Vital statistics of India. Vol. V, Reports of 1876 on armies & jails and on epidemic cholera
Year: 1876
Disease focus: Cholera
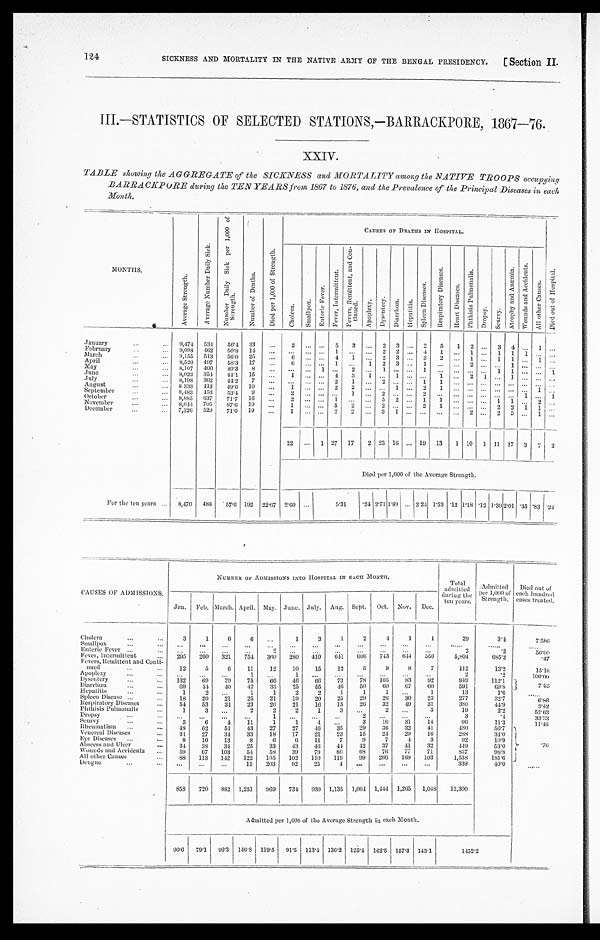
124
SICKNESS AND MORTALITY IN THE NATIVE ARMY OF THE BENGAL PRESIDENCY. [ Section II.
III—STATISTICS OF SELECTED STATIONS,—BARRACKPORE, 1867—76.
XXIV.
TABLE showing the AGGREGATE of the SICKNESS and MORTALITY among the NATIVE TROOPS occupying
BARRACKPORE during the TEN YEARS from 1867 to 1876, and the Prevalence of the Principal Diseases in each
Month.
MONTHS.
A v e r a g e S t r e n g t h .
A v e r a g e N u m b e r D a i l y S i c k .
N u m b e r D a i l y S i c k p e r 1 , 0 0 0 o f S t r e n g t h .
N u m b e r o f D e a t h s .
D i e d p e r 1 , 0 0 0 o f S t r e n g t h .
CAUSES OF DEATHS IN HOSPITAL.
C h o l e r a .
S m a l l p o x .
E n t e r i c F e v e r .
F e v e r , I n t e r m i t t e n t .
F e v e r s , R e m i t t e n t , a n d C o n - t i n u e d .
A p o p l e x y .
D y s e n t e r y .
D i a r r h œ a .
H e p a t i t i s .
S p l e e n D i s e a s e s .
R e s p i r a t o r y D i s e a s e s .
H e a r t D i s e a s e s .
P h t h i s i s P u l m o n a l i s .
D r o p s y .
S c u r v y .
A t r o p h y a n d A n æ m i a .
W o u n d s a n d A c c i d e n t s .
A l l o t h e r C a u s e s .
D i e d o u t o f H o s p i t a l .
January . . .
9,474
534
56.4 33
. . .
2
. . .
. . . 5
3
. . . 2
3 . . .
2
5
1
2 . . .
3
4 . . .
1
. . .
9,098
462
50.8
14
. . .
. . .
. . .
. . . 1
. . .
. . . 2
2
. . . 4
1
. . .
1
. . . 1
1
1
. . .
. . .
February . . .
9,155 513
56.0
25
. . .
6
. . .
. . . 4
1
. . . 2
3 . . .
3
2
. . .
1
. . . 1
1
. . .
1
. . .
March . . .
April . . .
8,520
497
58.3
17
. . .
6
. . . . . . 1
. . .
1
2
3
. . .
1
. . .
. . .
2
. . .
. . .
1
. . .
. . .
. . .
May . . .
8,107
400
49.3
8
. . .
. . .
. . . 1
. . .
2
. . .
1
. . .
. . . 1
. . .
. . .
. . .
. . . 1
1 . . . . . .
1
June. . .
8,022
354
44.1
15
. . .
1
. . .
. . . 4
3
1
. . .
1
. . .
. . .
1
. . .
2
1
. . .
1
. . .
. . .
. . .
July . . .
8,198
362
44.2
7
. . .
. . .
. . .
. . . 2
1
. . . 2
. . .
. . . 1
1
. . .
. . .
. . .
. . .
. . .
. . .
. . .
. . .
August . . .
8 333
413
49.6
10
. . . 1
. . .
. . .2
2
. . .
. . .
1
. . .
2
1
. . .
. . .
. . .
. . .
. . .
. . .
1
. . .
8,483
453
53.4
9
. . .
2
. . .
. . .. . .
1
. . .
2
. . .
. . .
2
. . .
. . .
. . .
. . .
. . .
. . .
1
. . .
1
September . . .
8,885
637
71.7
1 6
. . .
2
. . .
. . .1
. . .
. . .
5
2
. . .
1
1
. . .
. . .
. . .
1
1
. . .
2
. . .
October. . .
November . . .
8,044
705
87.6
19
. . .
1
. . .
. . . 5
2
. . .
2
. . . . . .
2
1
. . .
. . . . . .
2
2
1
1
. . .
December. . .
7,326
520
71.0
19
. . .
1
. . .
. . .2
2
. . .
3
1
. . .
. . .
. . .
. . .
2
. . .
2
5
. . .
1
. . .
22
. . .
1 27
17
2 23 16
. . . 19
13
1 10
1 11 17
3
7
2
Died per 1,000 of the Average Strength.
For the ten years . . .
8,470
488
57.6 192
22.67 2.60 . . .
5.31
.24 2.71 1.89 . . . 2.24 1.53 .12 1.18 .12 1.30 2.01 .35 .83 .24
CAUSES OF ADMISSIONS.
NUMBER OF ADMISSIONS INTO HOSPITAL IN EACH MONTH.
Total
admitted d u r i n g t h e
ten years.
.Admitted p e r 1 , 0 0 0 o f S t r e n g t h .
Died out of
each hundred
cases treated.
Jan.
Feb. March. April. May. June. July.
Aug. Sept.
Oct.
Nov.
Dec.
2
4
1
1
29
3.4
7 . 5 8 6
Cholera . . .
3
1
6
6
. . .
1
3
1
Smallpox . . .
. . .
. . .
. . .
. . .
. . .
. . .
. . .
. . .
. . .
. . .
. . .
. . .
. . .
. . .
2
.2
5 0 . 0 0
Enteric Fever . . .
. . .
. . .
. . .
. . .
2
. . .
. . .
. . .
. . .
. . .
. . .
. . .
641
6 0 6
743
644
550
5,804
685.2
.47
295
200
321
754
360
280
410
Fever, Intermittent . . .
Fevers, Remittent and Conti-
nued . . .
1 2
5
6
11
12
10
15
12
5
9
8
7
112
13.2
15.18
2
. 2
100.00
Apoplex . . .
. . .
. . .
. . .
1
. . .
1
. . .
. . .
. . .
. . .
. . .
. . .
78
105
83
92
949
112.1
2.53
7 3
Dysentery . . .
132
69
70
75
60
46
66
50
6 9
67
60
591
6 9 . 8
46
Diarrhœa . . .
6 9
4 4
40
42
33
25
55
1
1
1
. . .
1
13
1.6
. . .
Hepatitis . . .
1
2
. . .
1
1
2
2
25
29
26
30
23
277
32.7
6 . 8 6
Spleen Disease. . .
18
20
21
25
21
19
20
26
32
49
31
380
44.9
3 . 4 2
15
Respiratory Diseases . . .
5 4
53
34
23
26
21
16
. . .
2
. . .
3
19
2.2
5 2 . 6 3
3
Phthisis Pulmonalis . . .
1
3
. . .
2
2
2
1
. . .
. . .
. . .
3
. 4
3 3 . 3 3
2
D r o p s y . . .
. . .
. . .
. . .
. . .
1
. . .
. . .
. . .
16
31
14
96
11.3
1 1 . 4 6
3
Scurvy . . .
5
6
4
11
1
1
4
. . .
29
36
32
41
480
56.7
. 7 6
48
62
51
43
27
27
.46
35
Rheumatism . . .
24
29
16
288
34.0
15
21
23
17
Venereal Diseases . . .
31
27
34
33
18
4
3
92
10.9
6
7
11
7
9
Eye Diseases . . .
8
10
13
8
6
42
37
41
32
449
53.0
44
Abscess and Ulcer . . .
34
38
34
25
33
43
46
76
77
71
837
98.8
68
58
39
79
86
Wounds and Accidents . . .
59
67
103
54
266
169
103
1,538
181.6
99
All other Causes . . .
8 8
113
142
122
105
102
110
119
339
40.0
. . .
Dengue . . .
. . .
. . .
. . .
15
203
92
25
4
. . .
. . .
. . .
. . .
858
720
882
1,251
969
734
930 1,135
1,064
1,444 1,265
1,048
12,300
Admitted per 1,000 of the Average Strength in each Month.
90.6
79.1
96.3
146.8 119.5
91.5
113.4 136.2
125.4
162.5
157.3
143.1
1452.2